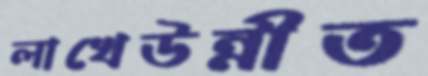
লাখেউন্নীত